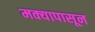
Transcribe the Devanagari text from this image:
मक्यापासून